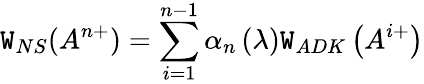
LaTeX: \mathtt{W}_{NS}(A^{n+})=\sum_{i=1}^{n-1}\alpha_{n}\left(\lambda\right)\mathtt{W}_{ADK}\left(A^{i+}\right)